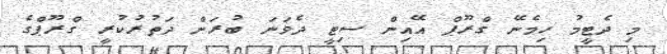
މި ދެޓީމު ހިމެނޭ ގްރޫޕް އޭއިން ސިޓީ ދެވަނަ ބުރަށް ދަތުރުކުރީ ގްރޫޕްގެ